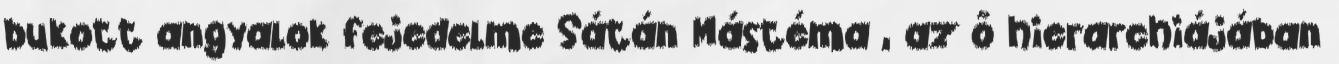
bukott angyalok fejedelme Sátán Mástéma , az ő hierarchiájában